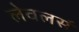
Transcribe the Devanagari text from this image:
लेवलर्स